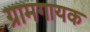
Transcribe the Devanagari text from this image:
ग्रामगायक